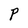
Character: P